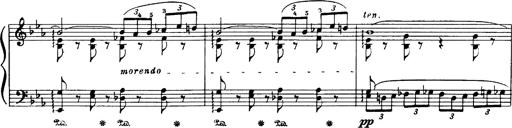
Title: Danza sacra e duetto finale dâ€™Aida
Composer: Franz Liszt